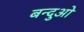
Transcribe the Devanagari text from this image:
बन्दुओ